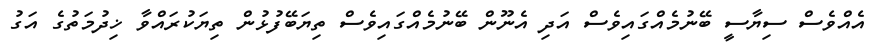
އެއްވެސް ސިޔާސީ ބޭނުމެއްގައިވެސް އަދި އެނޫން ބޭނުމެއްގައިވެސް ތިޔަބޭފުޅުން ތިޔަކުރައްވާ ޚިދުމަތުގެ އަގު